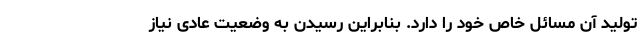
تولید آن مسائل خاص خود را دارد. بنابراین رسیدن به وضعیت عادی نیاز